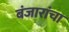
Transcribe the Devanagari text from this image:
बंजारांचा